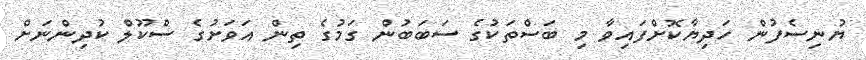
ޔުނިސެފުން ހަދިޔާކޮށްފައިވާ މި ބަސްތަކުގެ ސަބަބުން ގަމުގެ ތިން އަވަށުގެ ސްކޫލް ކުދިންނަށް